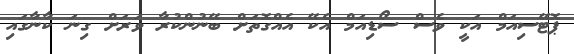
ޕޮޓޭސިއަމް އަކީ ވެސް ސޯޑިއަމް އެކޭ އެއްގޮތަށް ބޭނުންކުރާ ވަރަށް ގިނަ ކާނާގައި